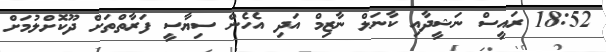
18:52 ރައީސް ނަޝީދާއި ކާނަލް ނާޒިމް އަދި އެހެން ސިޔާސީ ފަރާތްތަށް ދޫކޮށްލުމަށް